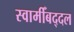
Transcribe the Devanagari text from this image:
स्वामीँबद्दल